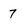
Character: 7